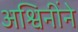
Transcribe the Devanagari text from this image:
अश्विनींने